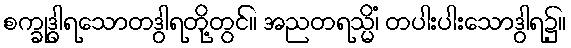
စက္ခုဒွါရသောတဒွါရတို့တွင်။ အညတရသ္မိံ၊ တပါးပါးသောဒွါရ၌။